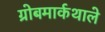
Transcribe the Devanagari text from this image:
ग्रोबमार्कथाले